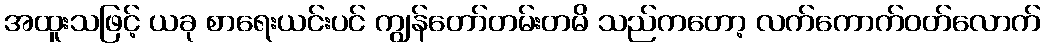
အထူးသဖြင့် ယခု စာရေးယင်းပင် ကျွန်တော်တမ်းတမိ သည်ကတော့ လက်ကောက်ဝတ်လောက်